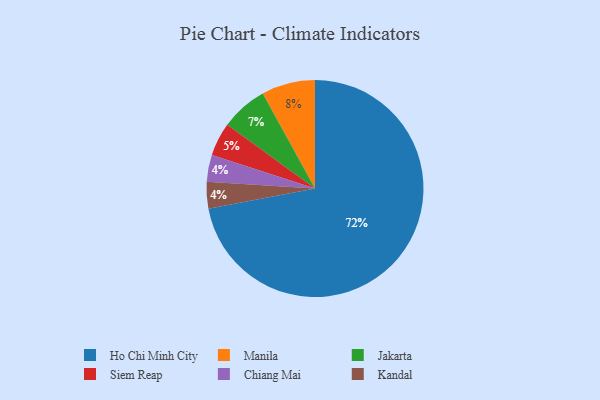
{"axis": {"x": "Category", "y": "Percentage"}, "legend": ["Chiang Mai", "Ho Chi Minh City", "Jakarta", "Kandal", "Manila", "Siem Reap"], "data": [{"x": "Manila", "y": 8, "type": "Manila"}, {"x": "Siem Reap", "y": 5, "type": "Siem Reap"}, {"x": "Ho Chi Minh City", "y": 72, "type": "Ho Chi Minh City"}, {"x": "Chiang Mai", "y": 4, "type": "Chiang Mai"}, {"x": "Kandal", "y": 4, "type": "Kandal"}, {"x": "Jakarta", "y": 7, "type": "Jakarta"}]}